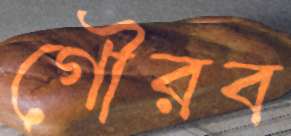
গৌরব